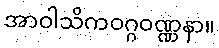
အာဝါသိကဝဂ္ဂဝဏ္ဏနာ။